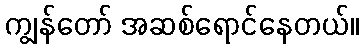
ကျွန်တော် အဆစ်ရောင်နေတယ်။